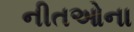
નીતઓના